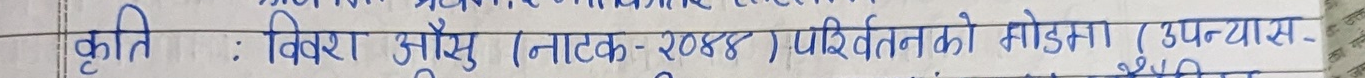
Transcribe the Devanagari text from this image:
कृति : विशेस औंस ( नाटक-२०४४ ) परिवर्तन को मोडामा (उपन्यास-